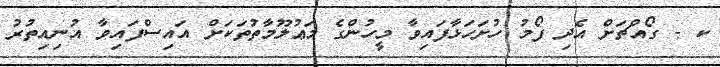
ކ - ގޯއްޗަށް އެދި ފޯމު ހުށަހަޅާފައިވާ މީހުންގެ މަޢުލޫމާތުތަކަށް އައިސްފައިވާ އުނިއިތުރު